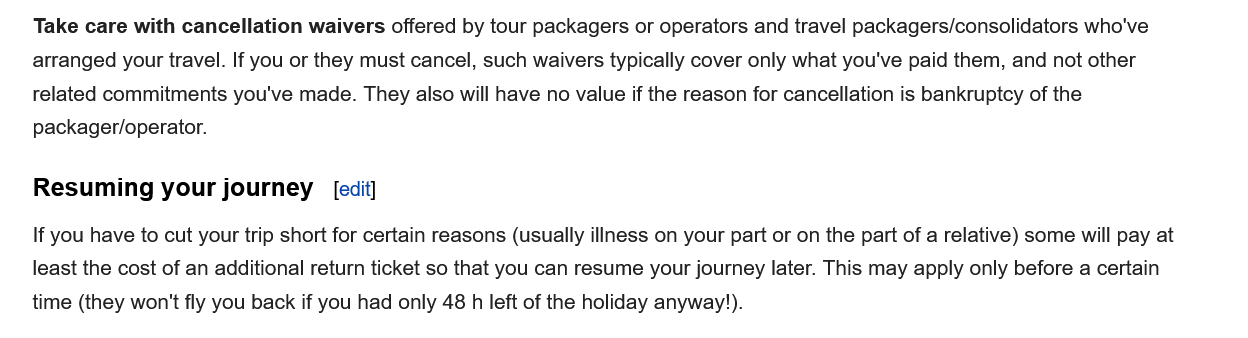
Take care with cancellation waivers offered by tour packagers or operators and travel packagers/consolidators who've
    arranged your travel. If you or they must cancel, such waivers typically cover only what you've paid them, and not other
    related commitments you've made. They also will have no value if the reason for cancellation is bankruptcy of the
    packager/operator.
    If you have to cut your trip short for certain reasons (usually illness on your part or on the part of a relative) some will pay at
    least the cost of an additional return ticket so that you can resume your journey later. This may apply only before a certain
    time (they won't fly you back if you had only 48
   h
     left of the holiday anyway!).
    Resuming   your journey    [edit]